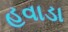
હવાડા